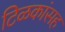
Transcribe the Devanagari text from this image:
टिळकांसह